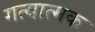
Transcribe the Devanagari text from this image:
गत्‍यात्‍मक